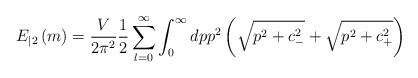
\begin{align*}E_{|2}\left( m\right) =\frac V{2\pi ^2}\frac 12\sum_{l=0}^\infty\int_0^\infty dpp^2\left( \sqrt{p^2+c_{-}^2}+\sqrt{p^2+c_{+}^2}\right)\end{align*}